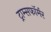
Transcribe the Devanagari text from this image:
ट्राम्सफॉर्मर